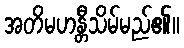
အတိမဟန္တီသိမ်မည်၏။